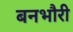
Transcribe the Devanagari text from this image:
बनभौरी